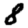
Digit: 8